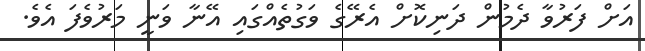
އަށް ފަރުވާ ދެމުން ދަނިކޮށް އެރޭގެ ވަގުތެއްގައި އޭނާ ވަނީ މަރުވެފަ އެވެ.